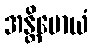
အန္တိမောယံ